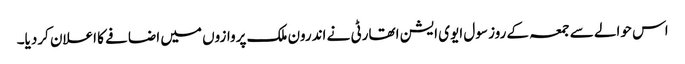
اس حوالے سے جمعہ کے روز سول ایوی ایشن اتھارٹی نے اندرون ملک پروازوں میں اضافے کا اعلان کردیا۔